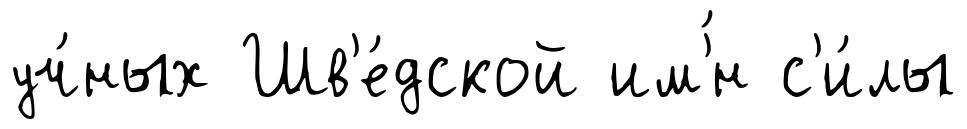
уч́ных Шв'е́дской им'́н с'и́лы